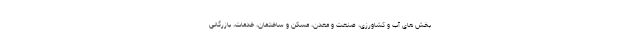
بخش های آب و کشاورزی، صنعت و معدن، مسکن و ساختمان، خدمات، بازرگانی